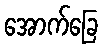
အောက်ခြေ